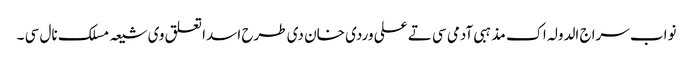
نواب سراج الدولہ اک مذہبی آدمی سی تے علی وردی خان دی طرح اسدا تعلق وی شیعہ مسلک نال سی ۔